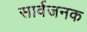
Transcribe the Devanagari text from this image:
सार्वजनक